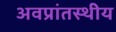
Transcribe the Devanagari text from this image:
अवप्रांतस्थीय